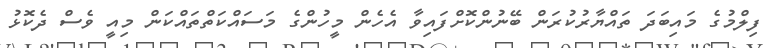
ފިލްމުގެ މައިބަދަ ތައްޔާރުކުރަން ބޭނުންކޮށްފައިވާ އެހެން މީހުންގެ މަސައްކަތްތައްކަން މިއީ ވެސް ދެކޮޅު